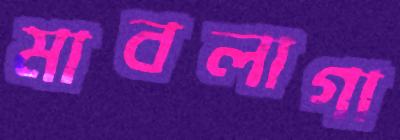
মাবলাগা